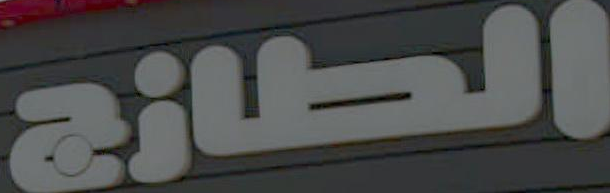
الطازج